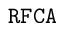
\tt R F C A